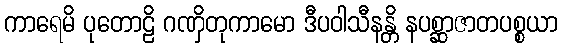
ကာရေမိ ပုတောဠိ ဂဏှိတုကာမော ဒီပဝါသီနန္တိ နပစ္ဆာဇာတပစ္စယာ